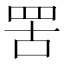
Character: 罟